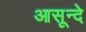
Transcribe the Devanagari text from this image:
आसून्दे